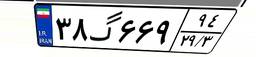
۵۵گ۵۷۲۰۹